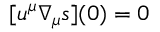
[ u ^ { \mu } \nabla _ { \mu } \mathfrak { s } ] ( 0 ) = 0